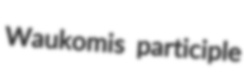
Waukomis participle